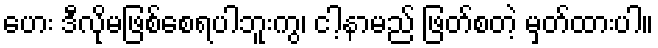
ဟေး ဒီလိုမဖြစ်စေရပါဘူးကွ၊ ငါ့နာမည် ဖြတ်စတဲ့ မှတ်ထားပါ။